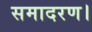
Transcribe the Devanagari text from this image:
समादरण।